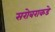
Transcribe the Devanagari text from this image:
सरोबराकडे